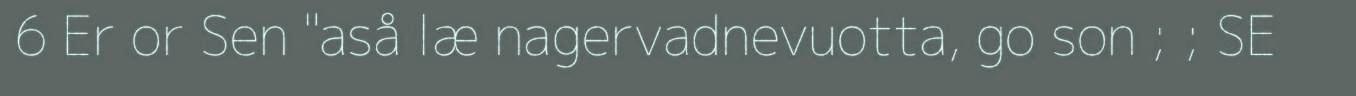
6 Er or Sen "aså læ nagervadnevuotta, go son ; ; SE